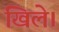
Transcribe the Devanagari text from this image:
खिले।